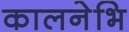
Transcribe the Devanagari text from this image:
कालनेभि